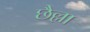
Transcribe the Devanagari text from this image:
छैल्ला